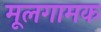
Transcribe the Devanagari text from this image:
मूलगामक